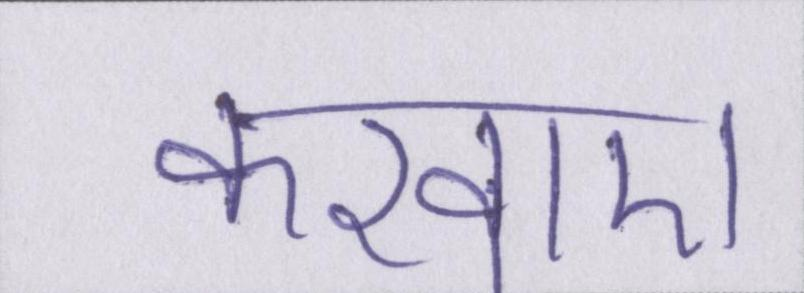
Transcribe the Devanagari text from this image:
करवाए